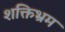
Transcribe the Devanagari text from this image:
शक्तिभ्रम